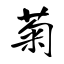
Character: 菊